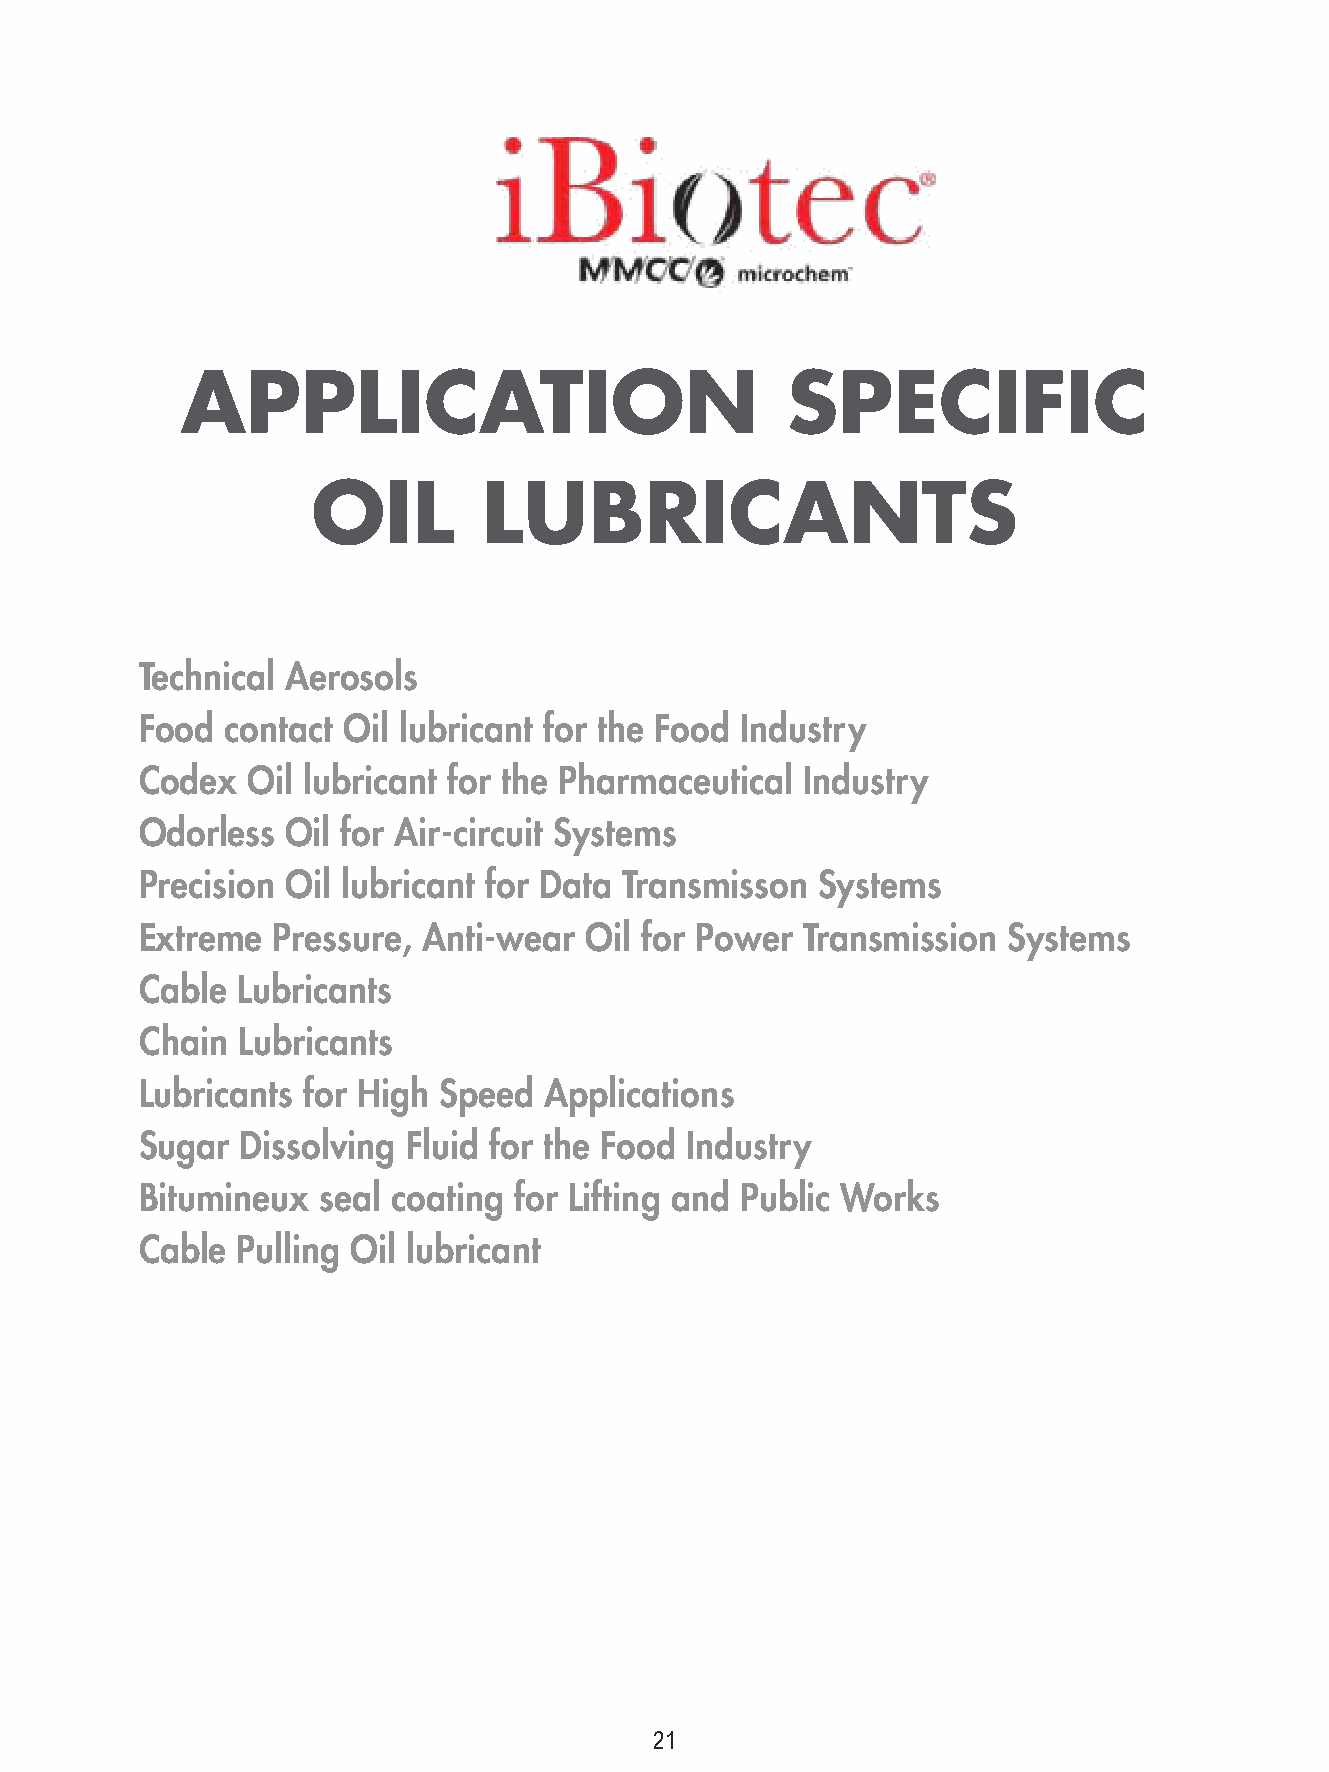
APPLICATION                             SPECIFIC
 OIL        LUBRICANTS
 Technical Aerosols
 Food  contact Oil lubricant for the Food Industry
 Codex  Oil lubricant for the Pharmaceutical Industry
 Odorless  Oil for Air-circuit Systems
 Precision Oil lubricant for Data Transmisson Systems
 Extreme  Pressure, Anti-wear  Oil for Power Transmission  Systems
 Cable  Lubricants
 Chain  Lubricants
 Lubricants for High Speed  Applications
 Sugar  Dissolving Fluid for the Food Industry
 Bitumineux  seal coating for Lifting and Public Works
 Cable  Pulling Oil lubricant
 21